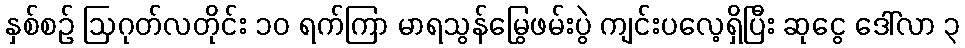
နှစ်စဉ် ဩဂုတ်လတိုင်း ၁၀ ရက်ကြာ မာရသွန်မြွေဖမ်းပွဲ ကျင်းပလေ့ရှိပြီး ဆုငွေ ဒေါ်လာ ၃